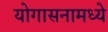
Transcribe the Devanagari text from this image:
योगासनामध्ये